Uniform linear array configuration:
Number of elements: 48
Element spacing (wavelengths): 0.75
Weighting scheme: hann
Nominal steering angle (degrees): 15
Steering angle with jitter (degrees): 15.669
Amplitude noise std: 0.05
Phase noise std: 0.05

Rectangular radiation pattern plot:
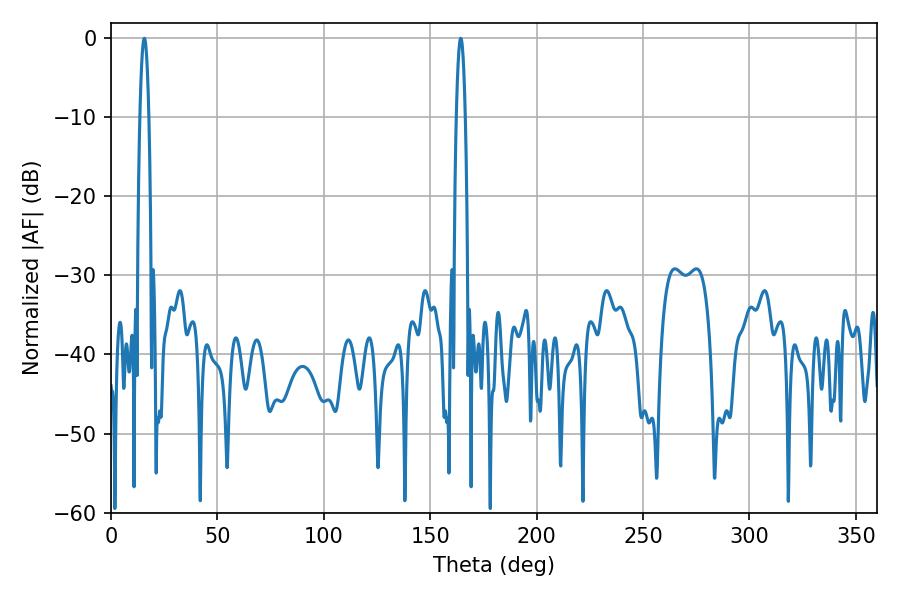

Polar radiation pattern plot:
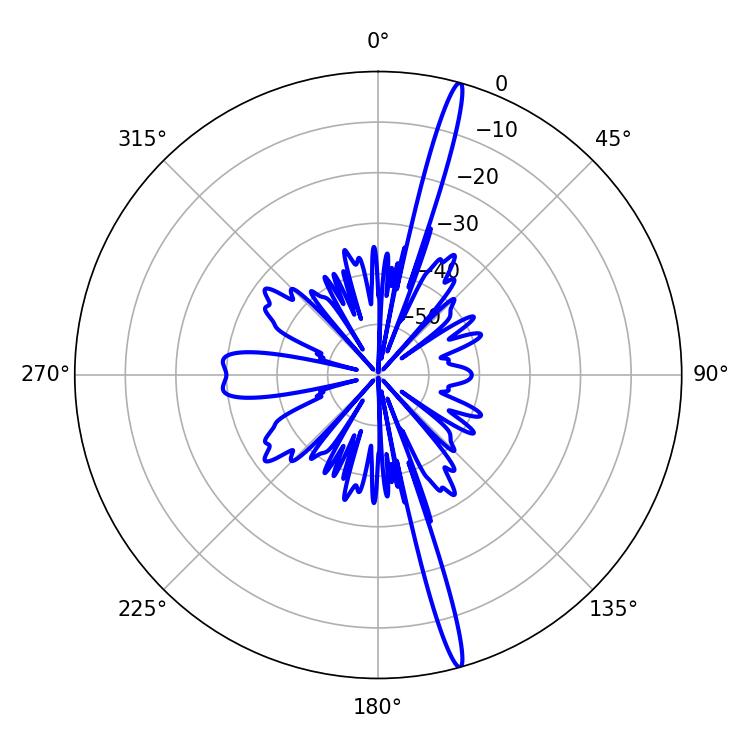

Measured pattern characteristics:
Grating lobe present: TRUE
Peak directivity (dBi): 19.304
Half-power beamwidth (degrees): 2.16
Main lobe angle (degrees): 15.66